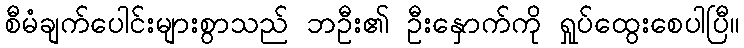
စီမံချက်ပေါင်းများစွာသည် ဘဦး၏ ဦးနှောက်ကို ရှုပ်ထွေးစေပါပြီ။